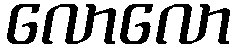
လောလော